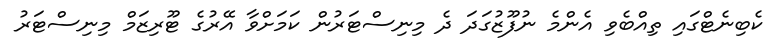
ކެބިނެޓްގައި ތިއްބެވި އެންމެ ނުފޫޒުގަދަ ދެ މިނިސްޓަރުން ކަމަށްވާ އޭރުގެ ޓޫރިޒަމް މިނިސްޓަރު